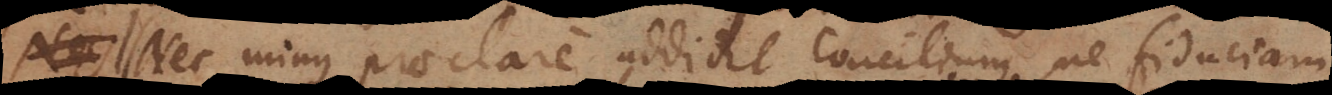
Nec minus praeclare addidit Concilium, ne fiduciam